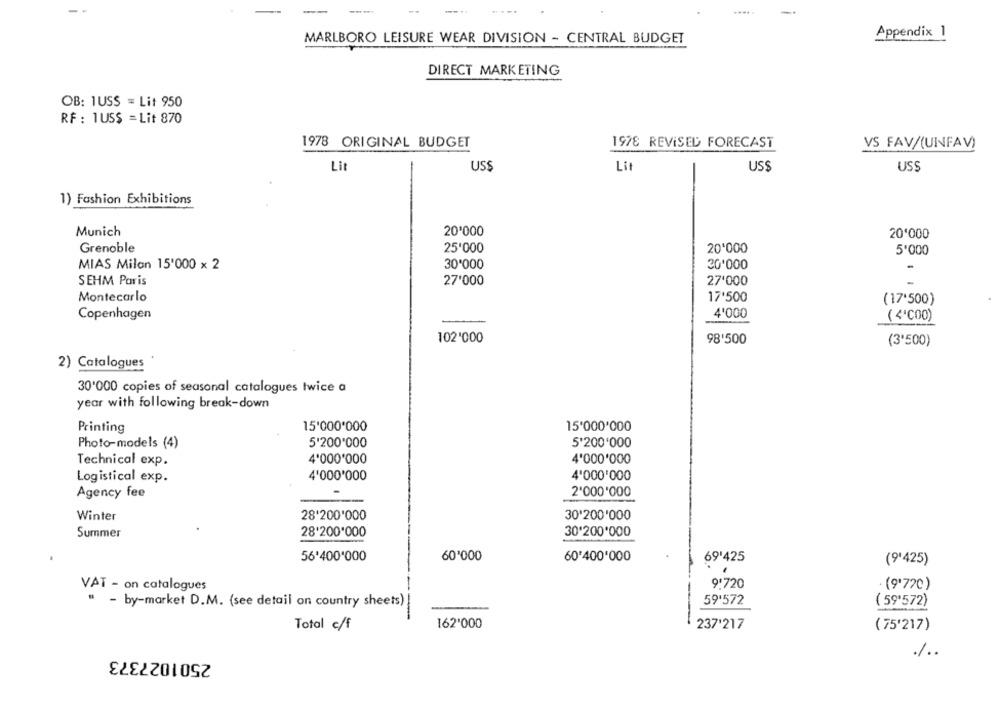
---
.....
Appendix 1
MARLBORO LEISURE WEAR DIVISION - CENTRAL BUDGET
DIRECT MARKETING
OB: 1USS = Lit 950
RF : 1US$ = Lit 870
1978 ORIGINAL BUDGET
1978 REVISED FORECAST
VS FAV/(UNFAV)
Lit
USS
Lit
USS
USS
1) Fashion Exhibitions
Munich
20'000
20'000
25'000
20'000
Grenoble
5'000
MIAS Milan 15'000 x 2
30'000
30'000
SEHM Paris
27'000
27'000
Montecarlo
17'500
(17'500)
4'000
Copenhagen
( 4'℃00)
102'000
98'500
(3'500)
2) Catalogues
30'000 copies of seasonal catalogues twice a
year with following break-down
Printing
15'000'000
15'000'000
Photo-models (4)
5'200'000
5'200'000
Technical exp.
4'000'000
4'000'000
4'000'000
4'000'000
Logistical exp.
Agency fee
2'000'000
Winter
28'200'000
30'200'000
Summer
28'200'000
30'200'000
56'400'000
60'000
60'400'000
69'425
(9'425)
VAT - on catalogues
9'720
. (9'720)
" - by-market D.M. (see detail on country sheets)!
59'572
( 59'572)
162'000
Total c/f
237'217
( 75'217)
2501027373
%.